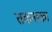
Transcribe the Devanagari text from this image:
तकनाका